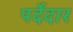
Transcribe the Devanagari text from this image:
पर्देदार